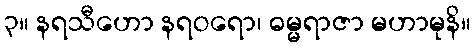
၃။ နရသီဟော နရဝရော၊ ဓမ္မရာဇာ မဟာမုနိ။